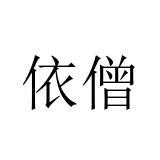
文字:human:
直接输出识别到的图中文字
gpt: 依僧